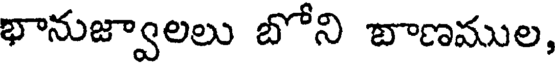
భానుజ్వాలలు బోని బాణముల,